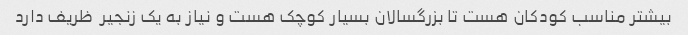
بیشتر مناسب کودکان هست تا بزرگسالان بسیار کوچک هست و نیاز به یک زنجیر  ظریف دارد